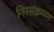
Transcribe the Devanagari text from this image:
निस्संक्रमण